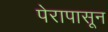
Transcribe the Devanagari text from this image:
पेरापासून